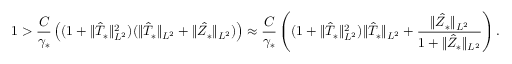
1 > \frac { C } { \gamma _ { * } } \left( ( 1 + \Vert \hat { T } _ { * } \Vert _ { L ^ { 2 } } ^ { 2 } ) ( \Vert \hat { T } _ { * } \Vert _ { { L ^ { 2 } } } + \Vert \hat { Z } _ { * } \Vert _ { { L ^ { 2 } } } ) \right) \approx \frac { C } { \gamma _ { * } } \left( ( 1 + \Vert \hat { T } _ { * } \Vert _ { { L ^ { 2 } } } ^ { 2 } ) \Vert \hat { T } _ { * } \Vert _ { { L ^ { 2 } } } + \frac { \Vert \hat { Z } _ { * } \Vert _ { { L ^ { 2 } } } } { 1 + \Vert \hat { Z } _ { * } \Vert _ { { L ^ { 2 } } } } \right) .